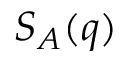
S _ { A } ( q )